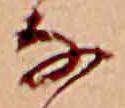
な